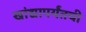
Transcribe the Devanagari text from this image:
खांद्यापर्यंतची